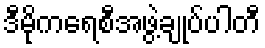
ဒီမိုကရေစီအဖွဲ့ချုပ်ပါတီ